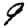
Digit: 9